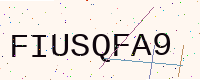
Text: FIUSQFA9